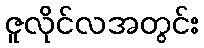
ဇူလိုင်လအတွင်း